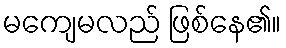
မကျေမလည် ဖြစ်နေ၏။